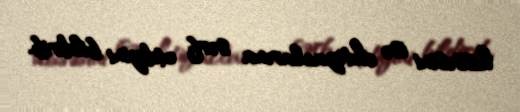
hissəsini isə ehtiyaclarına sərf etdiyini bildirib.